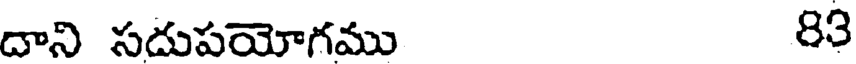
దాని సదుపయోగము 83